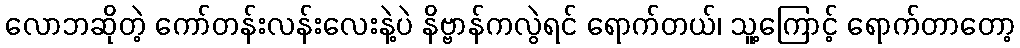
လောဘဆိုတဲ့ ကော်တန်းလန်းလေးနဲ့ပဲ နိဗ္ဗာန်ကလွဲရင် ရောက်တယ်၊ သူ့ကြောင့် ရောက်တာတော့